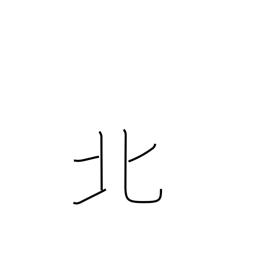
Meaning: north